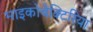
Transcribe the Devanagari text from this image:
माइकोबैक्टिरिया